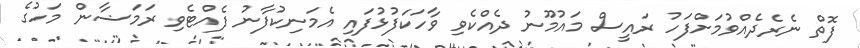
ފޮތް ނެރެދެއްވުމަށްފަހު ރައީސް މައުމޫނު ދެއްކެވި ވާހަކަފުޅުފައި އެމަނިކުފާނު ފެއްޓެވި ރަމަޟާން މަހުގެ